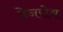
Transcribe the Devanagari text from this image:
हेनरोथ